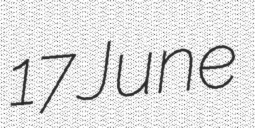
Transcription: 17 June